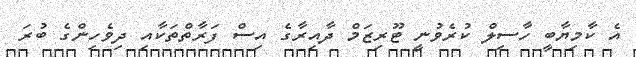
އެ ކާމިޔާބީ ހާސިލް ކުރެވުނީ ޓޫރިޒަމް ދާއިރާގެ އިސް ފަރާތްތަކާއި ދިވެހިންގެ ބުރަ